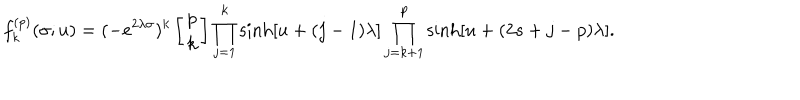
f _ { k } ^ { ( p ) } ( \sigma ; u ) = ( - e ^ { 2 \lambda \sigma } ) ^ { k } \left[ \begin{array} { c } { { p } } \\ { { k } } \\ \end{array} \right] \prod _ { j = 1 } ^ { k } \sinh [ u + ( j - 1 ) \lambda ] \prod _ { j = k + 1 } ^ { p } \sinh [ u + ( 2 s + j - p ) \lambda ] .